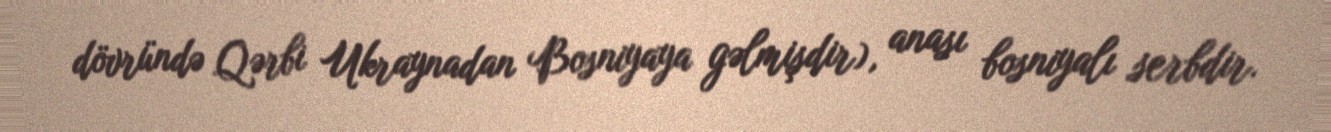
dövründə Qərbi Ukraynadan Bosniyaya gəlmişdir), anası bosniyalı serbdir.